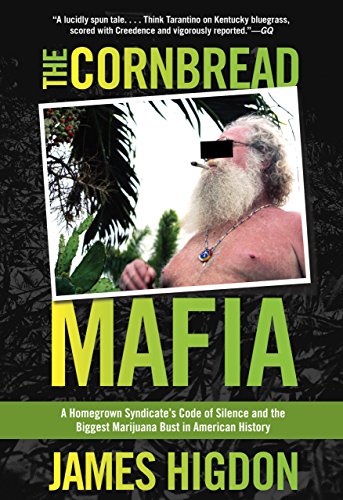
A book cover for Cornbread Mafia: A Homegrown Syndicate's Code Of Silence And The Biggest Marijuana Bust In American History; James Higdon; Biographies & Memoirs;